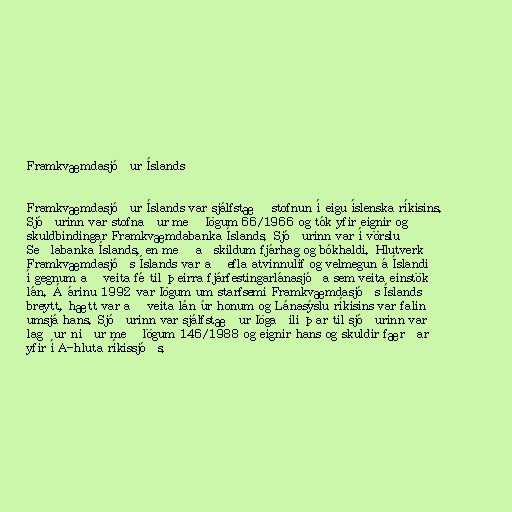
Framkvæmdasjóður Íslands

Framkvæmdasjóður Íslands var sjálfstæð stofnun í eigu íslenska ríkisins.
Sjóðurinn var stofnaður með lögum 66/1966 og tók yfir eignir og
skuldbindingar Framkvæmdabanka Íslands. Sjóðurinn var í vörslu
Seðlabanka Íslands, en með aðskildum fjárhag og bókhaldi. Hlutverk
Framkvæmdasjóðs Íslands var að efla atvinnulíf og velmegun á Íslandi
í gegnum að veita fé til þeirra fjárfestingarlánasjóða sem veita einstök
lán. Á árinu 1992 var lögum um starfsemi Framkvæmdasjóðs Íslands
breytt, hætt var að veita lán úr honum og Lánasýslu ríkisins var falin
umsjá hans. Sjóðurinn var sjálfstæður lögaðili þar til sjóðurinn var
lagður niður með lögum 146/1988 og eignir hans og skuldir færðar
yfir í A-hluta ríkissjóðs.